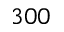
3 0 0